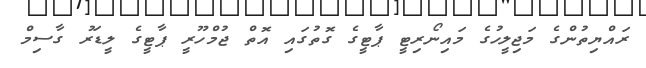
ރައްޔިތުންގެ މަޖިލީހުގެ މައިނޯރިޓީ ޕާޓީގެ ގޮތުގައި އޮތް ޖުމްހޫރީ ޕާޓީގެ ލީޑަރު ގާސިމް